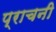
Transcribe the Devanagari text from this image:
प्राचनी